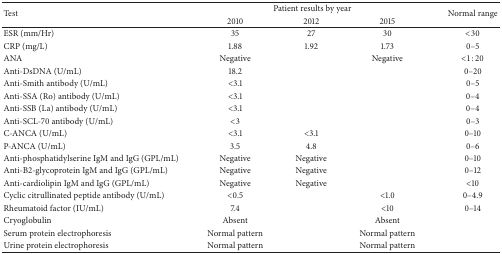
<table><thead><tr><td rowspan="2"><b>Test</b></td><td colspan="3"><b>Patient results by year</b></td><td rowspan="2"><b>Normal range</b></td></tr><tr><td><b>2010</b></td><td><b>2012</b></td><td><b>2015</b></td></tr></thead><tbody><tr><td>ESR (mm/Hr)</td><td>35</td><td>27</td><td>30</td><td>&lt;30</td></tr><tr><td>CRP (mg/L)</td><td>1.88</td><td>1.92</td><td>1.73</td><td>0–5</td></tr><tr><td>ANA</td><td>Negative</td><td> </td><td>Negative</td><td>&lt;1 : 20</td></tr><tr><td>Anti-DsDNA (U/mL)</td><td>18.2</td><td> </td><td> </td><td>0–20</td></tr><tr><td>Anti-Smith antibody (U/mL)</td><td>&lt;3.1</td><td> </td><td> </td><td>0–5</td></tr><tr><td>Anti-SSA (Ro) antibody (U/mL)</td><td>&lt;3.1</td><td> </td><td> </td><td>0–4</td></tr><tr><td>Anti-SSB (La) antibody (U/mL)</td><td>&lt;3.1</td><td> </td><td> </td><td>0–4</td></tr><tr><td>Anti-SCL-70 antibody (U/mL)</td><td>&lt;3</td><td> </td><td> </td><td>0–3</td></tr><tr><td>C-ANCA (U/mL)</td><td>&lt;3.1</td><td>&lt;3.1</td><td> </td><td>0–10</td></tr><tr><td>P-ANCA (U/mL)</td><td>3.5</td><td>4.8</td><td> </td><td>0–6</td></tr><tr><td>Anti-phosphatidylserine IgM and IgG (GPL/mL)</td><td>Negative</td><td>Negative</td><td> </td><td>0–10</td></tr><tr><td>Anti-B2-glycoprotein IgM and IgG (GPL/mL)</td><td>Negative</td><td>Negative</td><td> </td><td>0–12</td></tr><tr><td>Anti-cardiolipin IgM and IgG (GPL/mL)</td><td>Negative</td><td>Negative</td><td> </td><td>&lt;10</td></tr><tr><td>Cyclic citrullinated peptide antibody (U/mL)</td><td>&lt;0.5</td><td> </td><td>&lt;1.0</td><td>0–4.9</td></tr><tr><td>Rheumatoid factor (IU/mL)</td><td>7.4</td><td> </td><td>&lt;10</td><td>0–14</td></tr><tr><td>Cryoglobulin </td><td>Absent</td><td> </td><td>Absent</td><td> </td></tr><tr><td>Serum protein electrophoresis</td><td>Normal pattern</td><td> </td><td>Normal pattern</td><td> </td></tr><tr><td>Urine protein electrophoresis</td><td>Normal pattern</td><td> </td><td>Normal pattern</td><td> </td></tr></tbody></table>